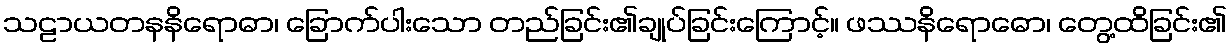
သဠာယတနနိရောဓာ၊ ခြောက်ပါးသော တည်ခြင်း၏ချုပ်ခြင်းကြောင့်။ ဖဿနိရောဓော၊ တွေ့ထိခြင်း၏